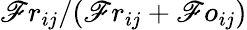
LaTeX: \mathscr{F}r_{ij}/(\mathscr{F}r_{ij}+\mathscr{F}o_{ij})